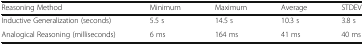
<table><thead><tr><td><b>Reasoning Method</b></td><td><b>Minimum</b></td><td><b>Maximum</b></td><td><b>Average</b></td><td><b>STDEV</b></td></tr></thead><tbody><tr><td>Inductive Generalization (seconds)</td><td>5.5 s</td><td>14.5 s</td><td>10.3 s</td><td>3.8 s</td></tr><tr><td>Analogical Reasoning (milliseconds)</td><td>6 ms</td><td>164 ms</td><td>41 ms</td><td>40 ms</td></tr></tbody></table>